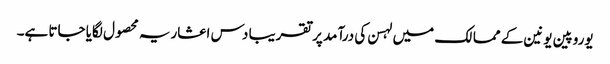
یوروپین یونین کے ممالک میں لہسن کی درآمد پر تقریبا دس اعشاریہ محصول لگایا جاتا ہے۔